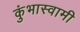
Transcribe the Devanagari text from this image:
कुंभास्वामी